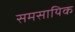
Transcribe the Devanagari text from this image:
समसायिक